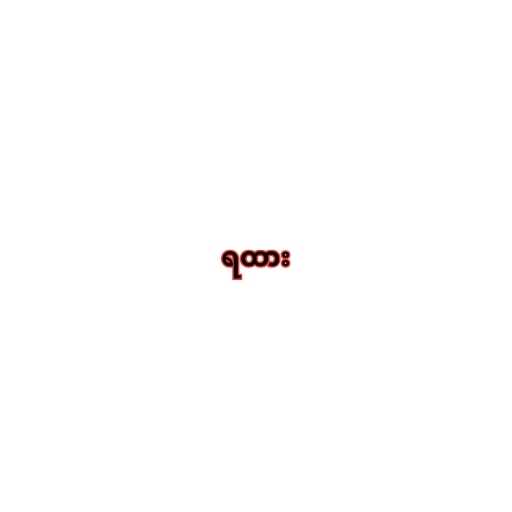
ရထား